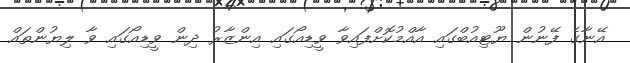
އޭނާގެ ފޭނުން ޔޫޓިއުބްގައި އާއްމުކޮށްފައިވާ ވީޑިއޯގައި އިންޒާރު ދިން ވީޑިއޯގައި ވާ ލިޔުންތައް